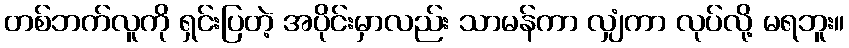
တစ်ဘက်လူကို ရှင်းပြတဲ့ အပိုင်းမှာလည်း သာမန်ကာ လျှံကာ လုပ်လို့ မရဘူး။